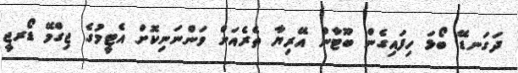
ދަގަނޑޭ ބޯޅަ ހިފައިގެން ބޫޓާން އޭރިޔާ ތެރެއަށް ވަންނަނިކޮށް އެޓީމުގެ ޖިގްމޭ ޑޯރޖީ